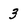
Character: 3